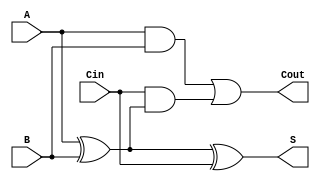
module full_adder (
    input wire A,      // First input bit
    input wire B,      // Second input bit
    input wire Cin,    // Carry-in bit
    output wire S,     // Sum output
    output wire Cout   // Carry-out output
);

    // Intermediate signals
    wire AxorB;        // A XOR B

    // Sum output calculation
    assign AxorB = A ^ B;     // A XOR B
    assign S = AxorB ^ Cin;   // S = (A XOR B) XOR Cin

    // Carry-out output calculation
    assign Cout = (A & B) | (Cin & AxorB); // Cout = (A AND B) OR (Cin AND (A XOR B))

endmodule